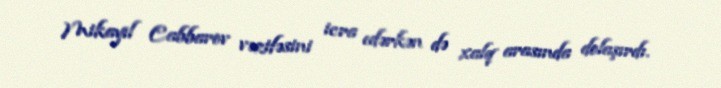
Mikayıl Cabbarov vəzifəsini icra edərkən də xalq arasında dolaşırdı.